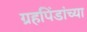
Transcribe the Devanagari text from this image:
ग्रहपिंडांच्या